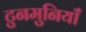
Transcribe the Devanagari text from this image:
टुनमुनियाँ